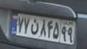
۷۷ن۸۴۵۹۹